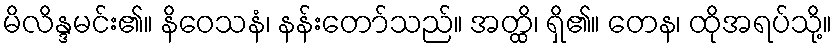
မိလိန္ဒမင်း၏။ နိဝေသနံ၊ နန်းတော်သည်။ အတ္ထိ၊ ရှိ၏။ တေန၊ ထိုအရပ်သို့။